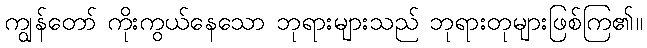
ကျွန်တော် ကိုးကွယ်နေသော ဘုရားများသည် ဘုရားတုများဖြစ်ကြ၏။